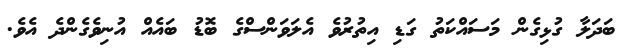
ބަދަލާ ގުޅިގެން މަސައްކަތު ގަޑި އިތުރުވެ އެލަވަންސްގެ ބޮޑު ބައެއް އުނިވެގެންދެ އެވެ.